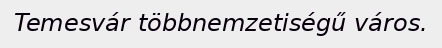
Temesvár többnemzetiségű város.